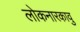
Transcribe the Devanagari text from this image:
लोकनारकावु